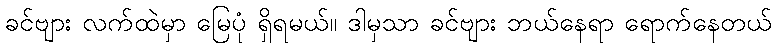
ခင်ဗျား လက်ထဲမှာ မြေပုံ ရှိရမယ်။ ဒါမှသာ ခင်ဗျား ဘယ်နေရာ ရောက်နေတယ်